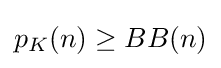
{\textstyle p_{K}(n)\geq BB(n)}